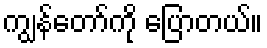
ကျွန်တော်ကို ပြောတယ်။